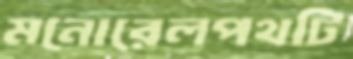
মনোরেলপথটি